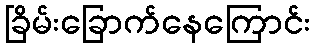
ခြိမ်းခြောက်နေကြောင်း